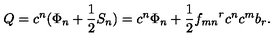
Q = c ^ { n } ( \Phi _ { n } + \frac { 1 } { 2 } S _ { n } ) = c ^ { n } \Phi _ { n } + \frac { 1 } { 2 } { f _ { m n } } ^ { r } c ^ { n } c ^ { m } b _ { r } .